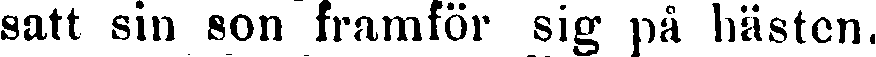
satt sin son framför sig på hästen.